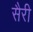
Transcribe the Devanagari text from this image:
सैरी